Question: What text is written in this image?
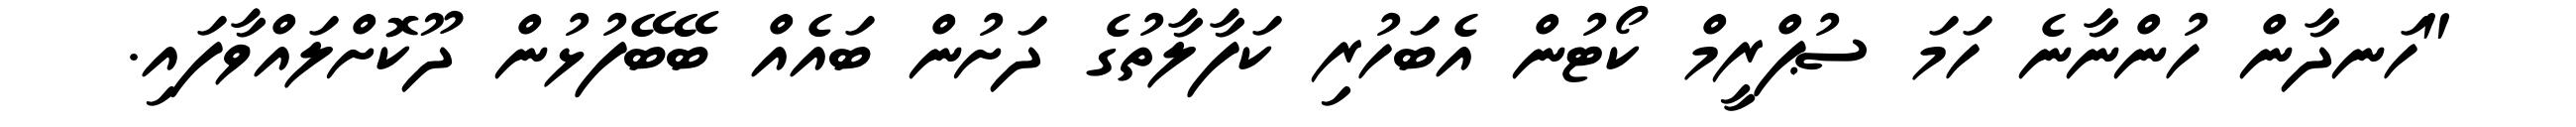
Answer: "ހަނދާން ހުންނާނެ ހަމަ ސުޕްރީމް ކޯޓުން އެބަހުރި ކަފާލާތުގެ ދަށުން ބައެއް ބޭބޭފުޅުން ދޫކޮށްލައްވާފައި.